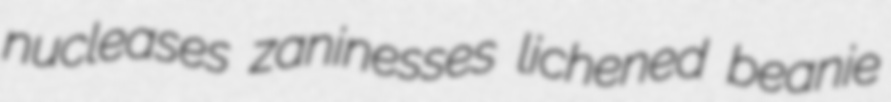
nucleases zaninesses lichened beanie